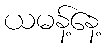
ယမန့်နေ့